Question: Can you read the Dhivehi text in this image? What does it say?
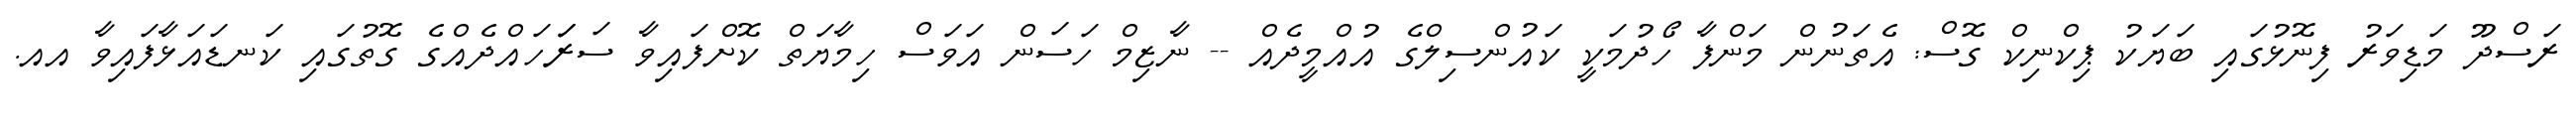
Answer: ރަސްދޫ މަޑިވަރު ފިނޮޅުގައި ބަޔަކު ޕިކްނިކް ގޮސް: އެތަނުން މަންފާ ހޯދުމަކީ ކައުންސިލްގެ އުއްމީދެއް -- ނާޒިމް ހަސަން އަވަސް ހިމާޔަތް ކޮށްފައިވާ ސަރަަހައްދެއްގެ ގޮތުގައި ކަނޑައަޅާފައިވާ އއ.